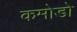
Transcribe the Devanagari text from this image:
कमोडो